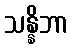
သန္နိဘာ